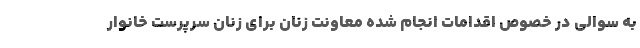
به سوالی در خصوص اقدامات انجام شده معاونت زنان برای زنان سرپرست خانوار